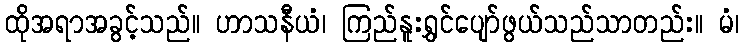
ထိုအရာအခွင့်သည်။ ဟာသနီယံ၊ ကြည်နူးရွှင်ပျော်ဖွယ်သည်သာတည်း။ မံ၊